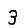
Digit: 3